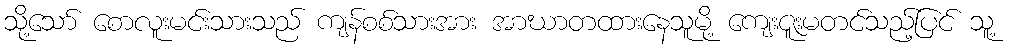
သို့သော် စောလူးမင်းသားသည် ကျန်စစ်သားအား အာဃာတထားနေသူမို့ ကျေးဇူးမတင်သည့်ပြင် သူ့